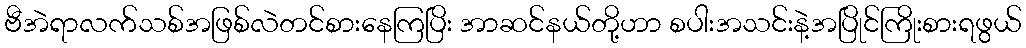
ဗီအဲရာလက်သစ်အဖြစ်လဲတင်စားနေကြပြိး အာဆင်နယ်တို့ဟာ စပါးအသင်းနဲ့အပြိုင်ကြိုးစားရဖွယ်